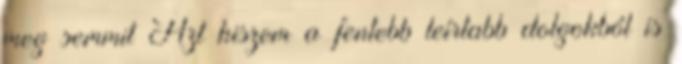
meg semmit Azt hiszem a fentebb leírtabb dolgokból is